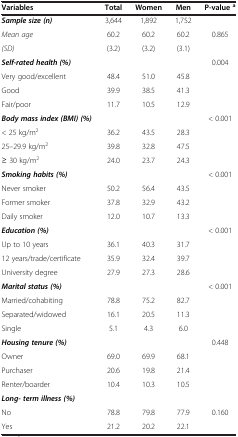
<table><thead><tr><td><b>Variables</b></td><td><b>Total</b></td><td><b>Women</b></td><td><b>Men</b></td><td><b>P-value<sup>a</sup></b></td></tr></thead><tbody><tr><td><b><i>Sample size (n)</i></b></td><td>3,644</td><td>1,892</td><td>1,752</td><td> </td></tr><tr><td><i>Mean age</i></td><td>60.2</td><td>60.2</td><td>60.2</td><td rowspan="2">0.865</td></tr><tr><td><i>(SD)</i></td><td>(3.2)</td><td>(3.2)</td><td>(3.1)</td></tr><tr><td><b><i>Self-rated health (%)</i></b></td><td> </td><td> </td><td> </td><td>0.004</td></tr><tr><td>Very good/excellent</td><td>48.4</td><td>51.0</td><td>45.8</td><td> </td></tr><tr><td>Good</td><td>39.9</td><td>38.5</td><td>41.3</td><td> </td></tr><tr><td>Fair/poor</td><td>11.7</td><td>10.5</td><td>12.9</td><td> </td></tr><tr><td><b><i>Body mass index (BMI) (%)</i></b></td><td> </td><td> </td><td> </td><td>&lt; 0.001</td></tr><tr><td>&lt; 25 kg/m<sup>2</sup></td><td>36.2</td><td>43.5</td><td>28.3</td><td> </td></tr><tr><td>25–29.9 kg/m<sup>2</sup></td><td>39.8</td><td>32.8</td><td>47.5</td><td> </td></tr><tr><td>≥ 30 kg/m<sup>2</sup></td><td>24.0</td><td>23.7</td><td>24.3</td><td> </td></tr><tr><td><b><i>Smoking habits (%)</i></b></td><td> </td><td> </td><td> </td><td>&lt; 0.001</td></tr><tr><td>Never smoker</td><td>50.2</td><td>56.4</td><td>43.5</td><td> </td></tr><tr><td>Former smoker</td><td>37.8</td><td>32.9</td><td>43.2</td><td> </td></tr><tr><td>Daily smoker</td><td>12.0</td><td>10.7</td><td>13.3</td><td> </td></tr><tr><td><b><i>Education (%)</i></b></td><td> </td><td> </td><td> </td><td>&lt; 0.001</td></tr><tr><td>Up to 10 years</td><td>36.1</td><td>40.3</td><td>31.7</td><td> </td></tr><tr><td>12 years/trade/certificate</td><td>35.9</td><td>32.4</td><td>39.7</td><td> </td></tr><tr><td>University degree</td><td>27.9</td><td>27.3</td><td>28.6</td><td> </td></tr><tr><td><b><i>Marital status (%)</i></b></td><td> </td><td> </td><td> </td><td>&lt; 0.001</td></tr><tr><td>Married/cohabiting</td><td>78.8</td><td>75.2</td><td>82.7</td><td> </td></tr><tr><td>Separated/widowed</td><td>16.1</td><td>20.5</td><td>11.3</td><td> </td></tr><tr><td>Single</td><td>5.1</td><td>4.3</td><td>6.0</td><td> </td></tr><tr><td><b><i>Housing tenure (%)</i></b></td><td> </td><td> </td><td> </td><td>0.448</td></tr><tr><td>Owner</td><td>69.0</td><td>69.9</td><td>68.1</td><td> </td></tr><tr><td>Purchaser</td><td>20.6</td><td>19.8</td><td>21.4</td><td> </td></tr><tr><td>Renter/boarder</td><td>10.4</td><td>10.3</td><td>10.5</td><td> </td></tr><tr><td><b><i>Long- term illness (%)</i></b></td><td> </td><td> </td><td> </td><td> </td></tr><tr><td>No</td><td>78.8</td><td>79.8</td><td>77.9</td><td>0.160</td></tr><tr><td>Yes</td><td>21.2</td><td>20.2</td><td>22.1</td><td> </td></tr></tbody></table>